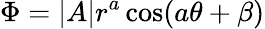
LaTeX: \Phi=|A|r^{a}\cos(a\theta+\beta)